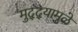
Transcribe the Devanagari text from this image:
मुद्‌द्‌यामुळे